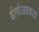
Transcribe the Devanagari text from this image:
ईलीआनरा